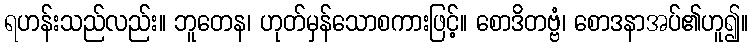
ရဟန်းသည်လည်း။ ဘူတေန၊ ဟုတ်မှန်သောစကားဖြင့်။ စောဒိတဗ္ဗံ၊ စောဒနာအပ်၏ဟူ၍။